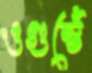
ওগুস্তেঁ